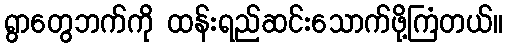
ရွာတွေဘက်ကို ထန်းရည်ဆင်းသောက်ဖို့ကြံတယ်။